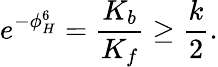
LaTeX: e^{-\phi_{H}^{6}}={\frac{K_{b}}{K_{f}}}\geq{\frac{k}{2}}.